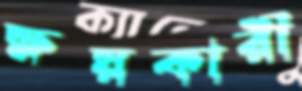
ক্ষয়কারী